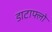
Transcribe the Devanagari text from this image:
डाटाफ्लो